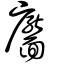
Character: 靨